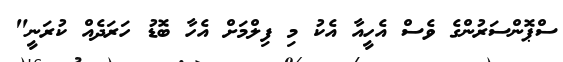
ސްޕޮންސަރުންގެ ވެސް އެހީއާ އެކު މި ފިލްމަށް އެހާ ބޮޑު ހަރަދެއް ކުރަނީ"